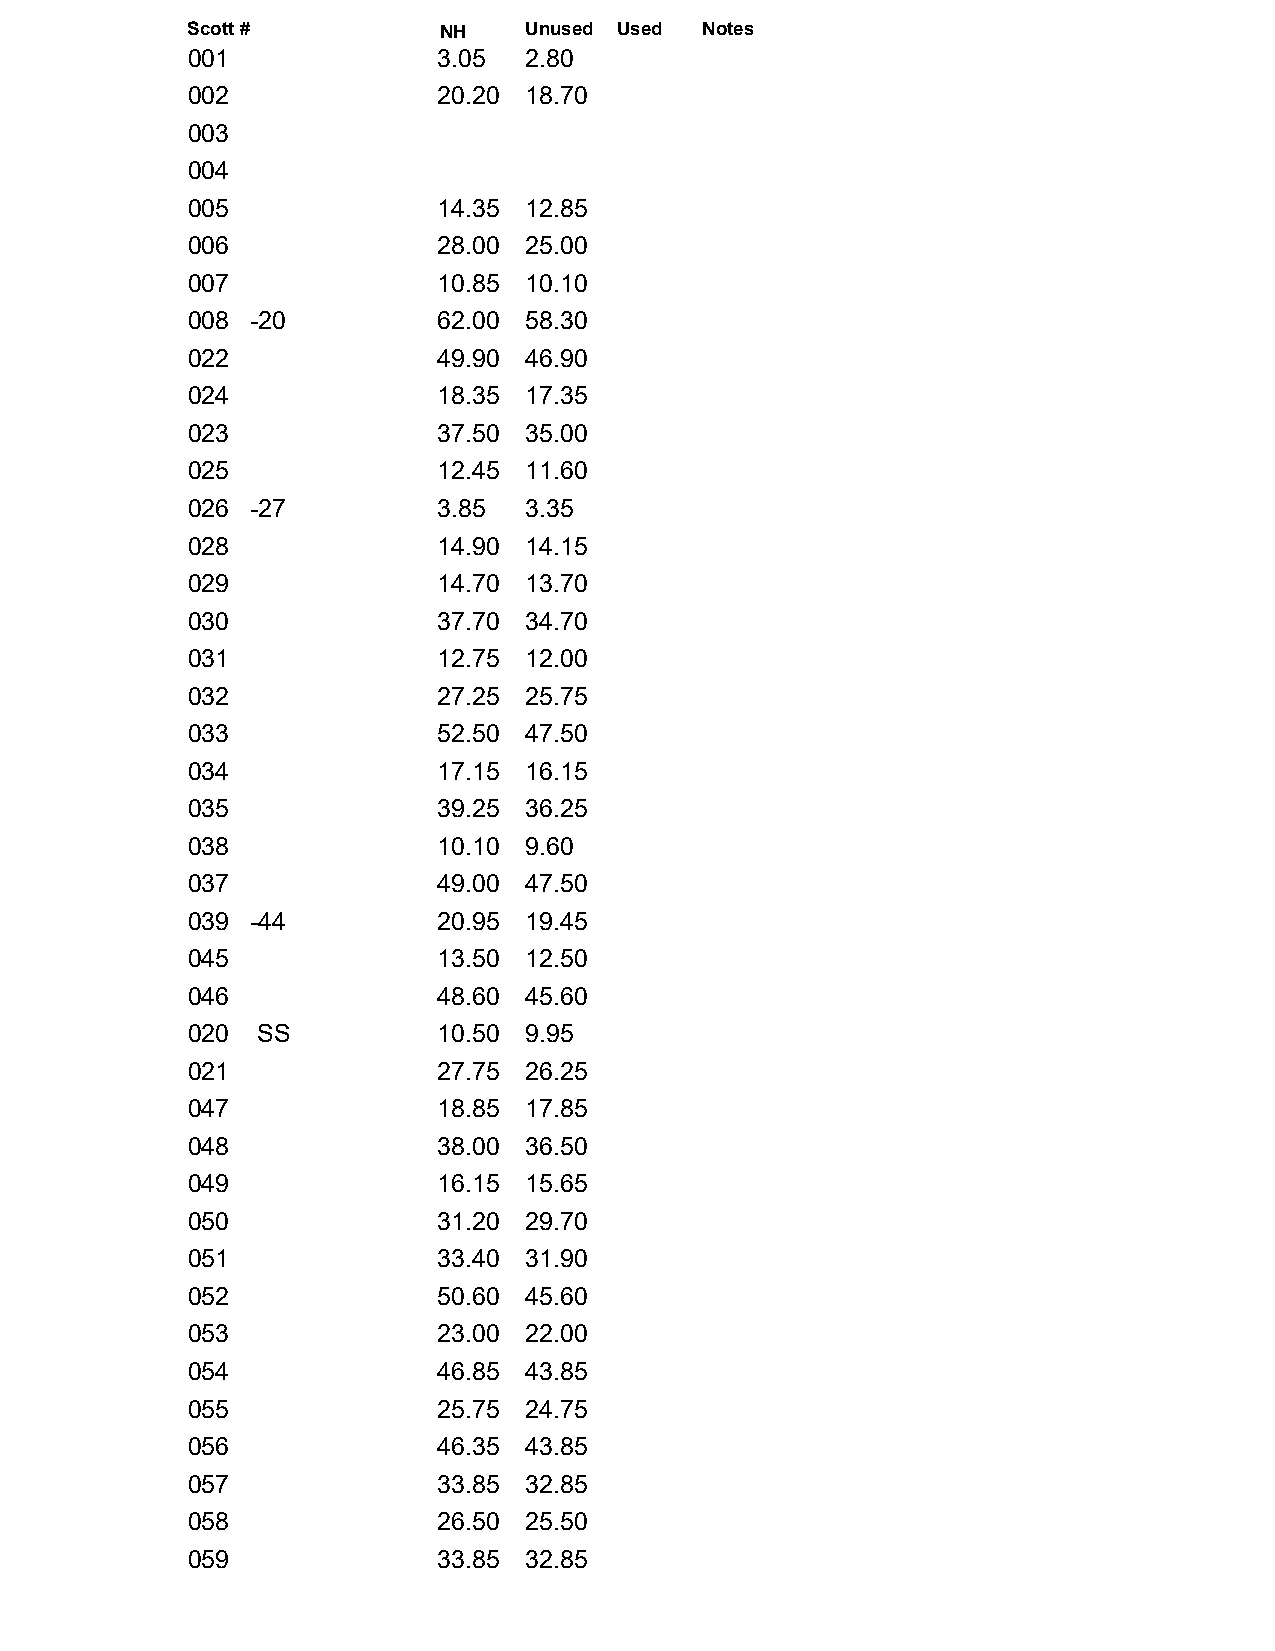
Scott #          NH    Unused Used Notes
 001              3.05  2.80
 002              20.20 18.70
 003
 004
 005              14.35 12.85
 006              28.00 25.00
 007              10.85 10.10
 008  -20         62.00 58.30
 022              49.90 46.90
 024              18.35 17.35
 023              37.50 35.00
 025              12.45 11.60
 026  -27         3.85  3.35
 028              14.90 14.15
 029              14.70 13.70
 030              37.70 34.70
 031              12.75 12.00
 032              27.25 25.75
 033              52.50 47.50
 034              17.15 16.15
 035              39.25 36.25
 038              10.10 9.60
 037              49.00 47.50
 039  -44         20.95 19.45
 045              13.50 12.50
 046              48.60 45.60
 020  SS          10.50 9.95
 021              27.75 26.25
 047              18.85 17.85
 048              38.00 36.50
 049              16.15 15.65
 050              31.20 29.70
 051              33.40 31.90
 052              50.60 45.60
 053              23.00 22.00
 054              46.85 43.85
 055              25.75 24.75
 056              46.35 43.85
 057              33.85 32.85
 058              26.50 25.50
 059              33.85 32.85